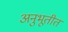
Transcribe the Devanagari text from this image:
अनुभूतीत